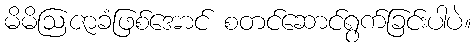
မိမိဩဇာခံဖြစ်အောင် စတင်ဆောင်ရွက်ခြင်းပါပဲ။